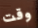
وقت